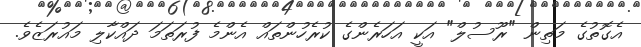
އެގޮތުގެ މަތިން "ރޫސުލް" އަކީ އަހަރެންގެ ކުރެހުންތައް އެންމެ ފުރަތަމަ ދައްކާލި މައުރަޒެވެ.